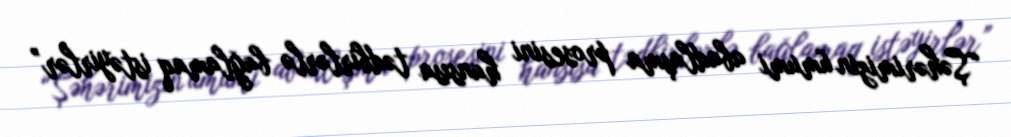
“Şəhərimizin ümumi abadlaşma prosesini hansısa tədbirlərlə bağlamaq istəyirlər”